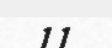
11